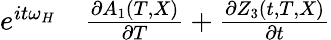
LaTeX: \begin{array}{rl}{e^{it\omega_{H}}}&{{}\frac{\partial A_{1}(T,X)}{\partial T}+\frac{\partial Z_{3}(t,T,X)}{\partial t}}\end{array}